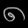
Digit: ၈